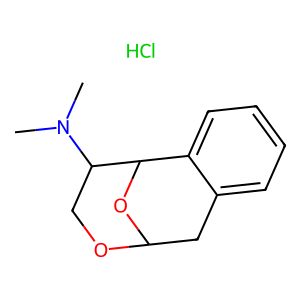
SMILES: CN(C)C1COC2Cc3ccccc3C1O2.Cl
Inhibits HIV replication: No